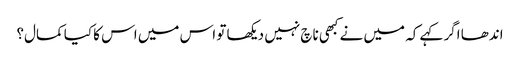
اندھا اگر کہے کہ میں نے کبھی ناچ نہیں دیکھا تو اس میں اس کا کیا کمال؟